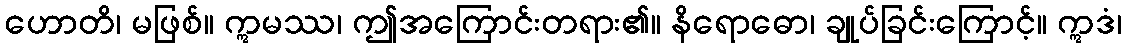
ဟောတိ၊ မဖြစ်။ ဣမဿ၊ ဤအကြောင်းတရား၏။ နိရောဓော၊ ချုပ်ခြင်းကြောင့်။ ဣဒံ၊